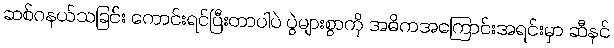
ဆစ်ဂနယ်သခြင်း ကောင်းရင်ပြီးတာပါပဲ ပွဲများစွာကို အဓိကအကြောင်းအရင်းမှာ ဆီနင်